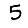
Digit: 5